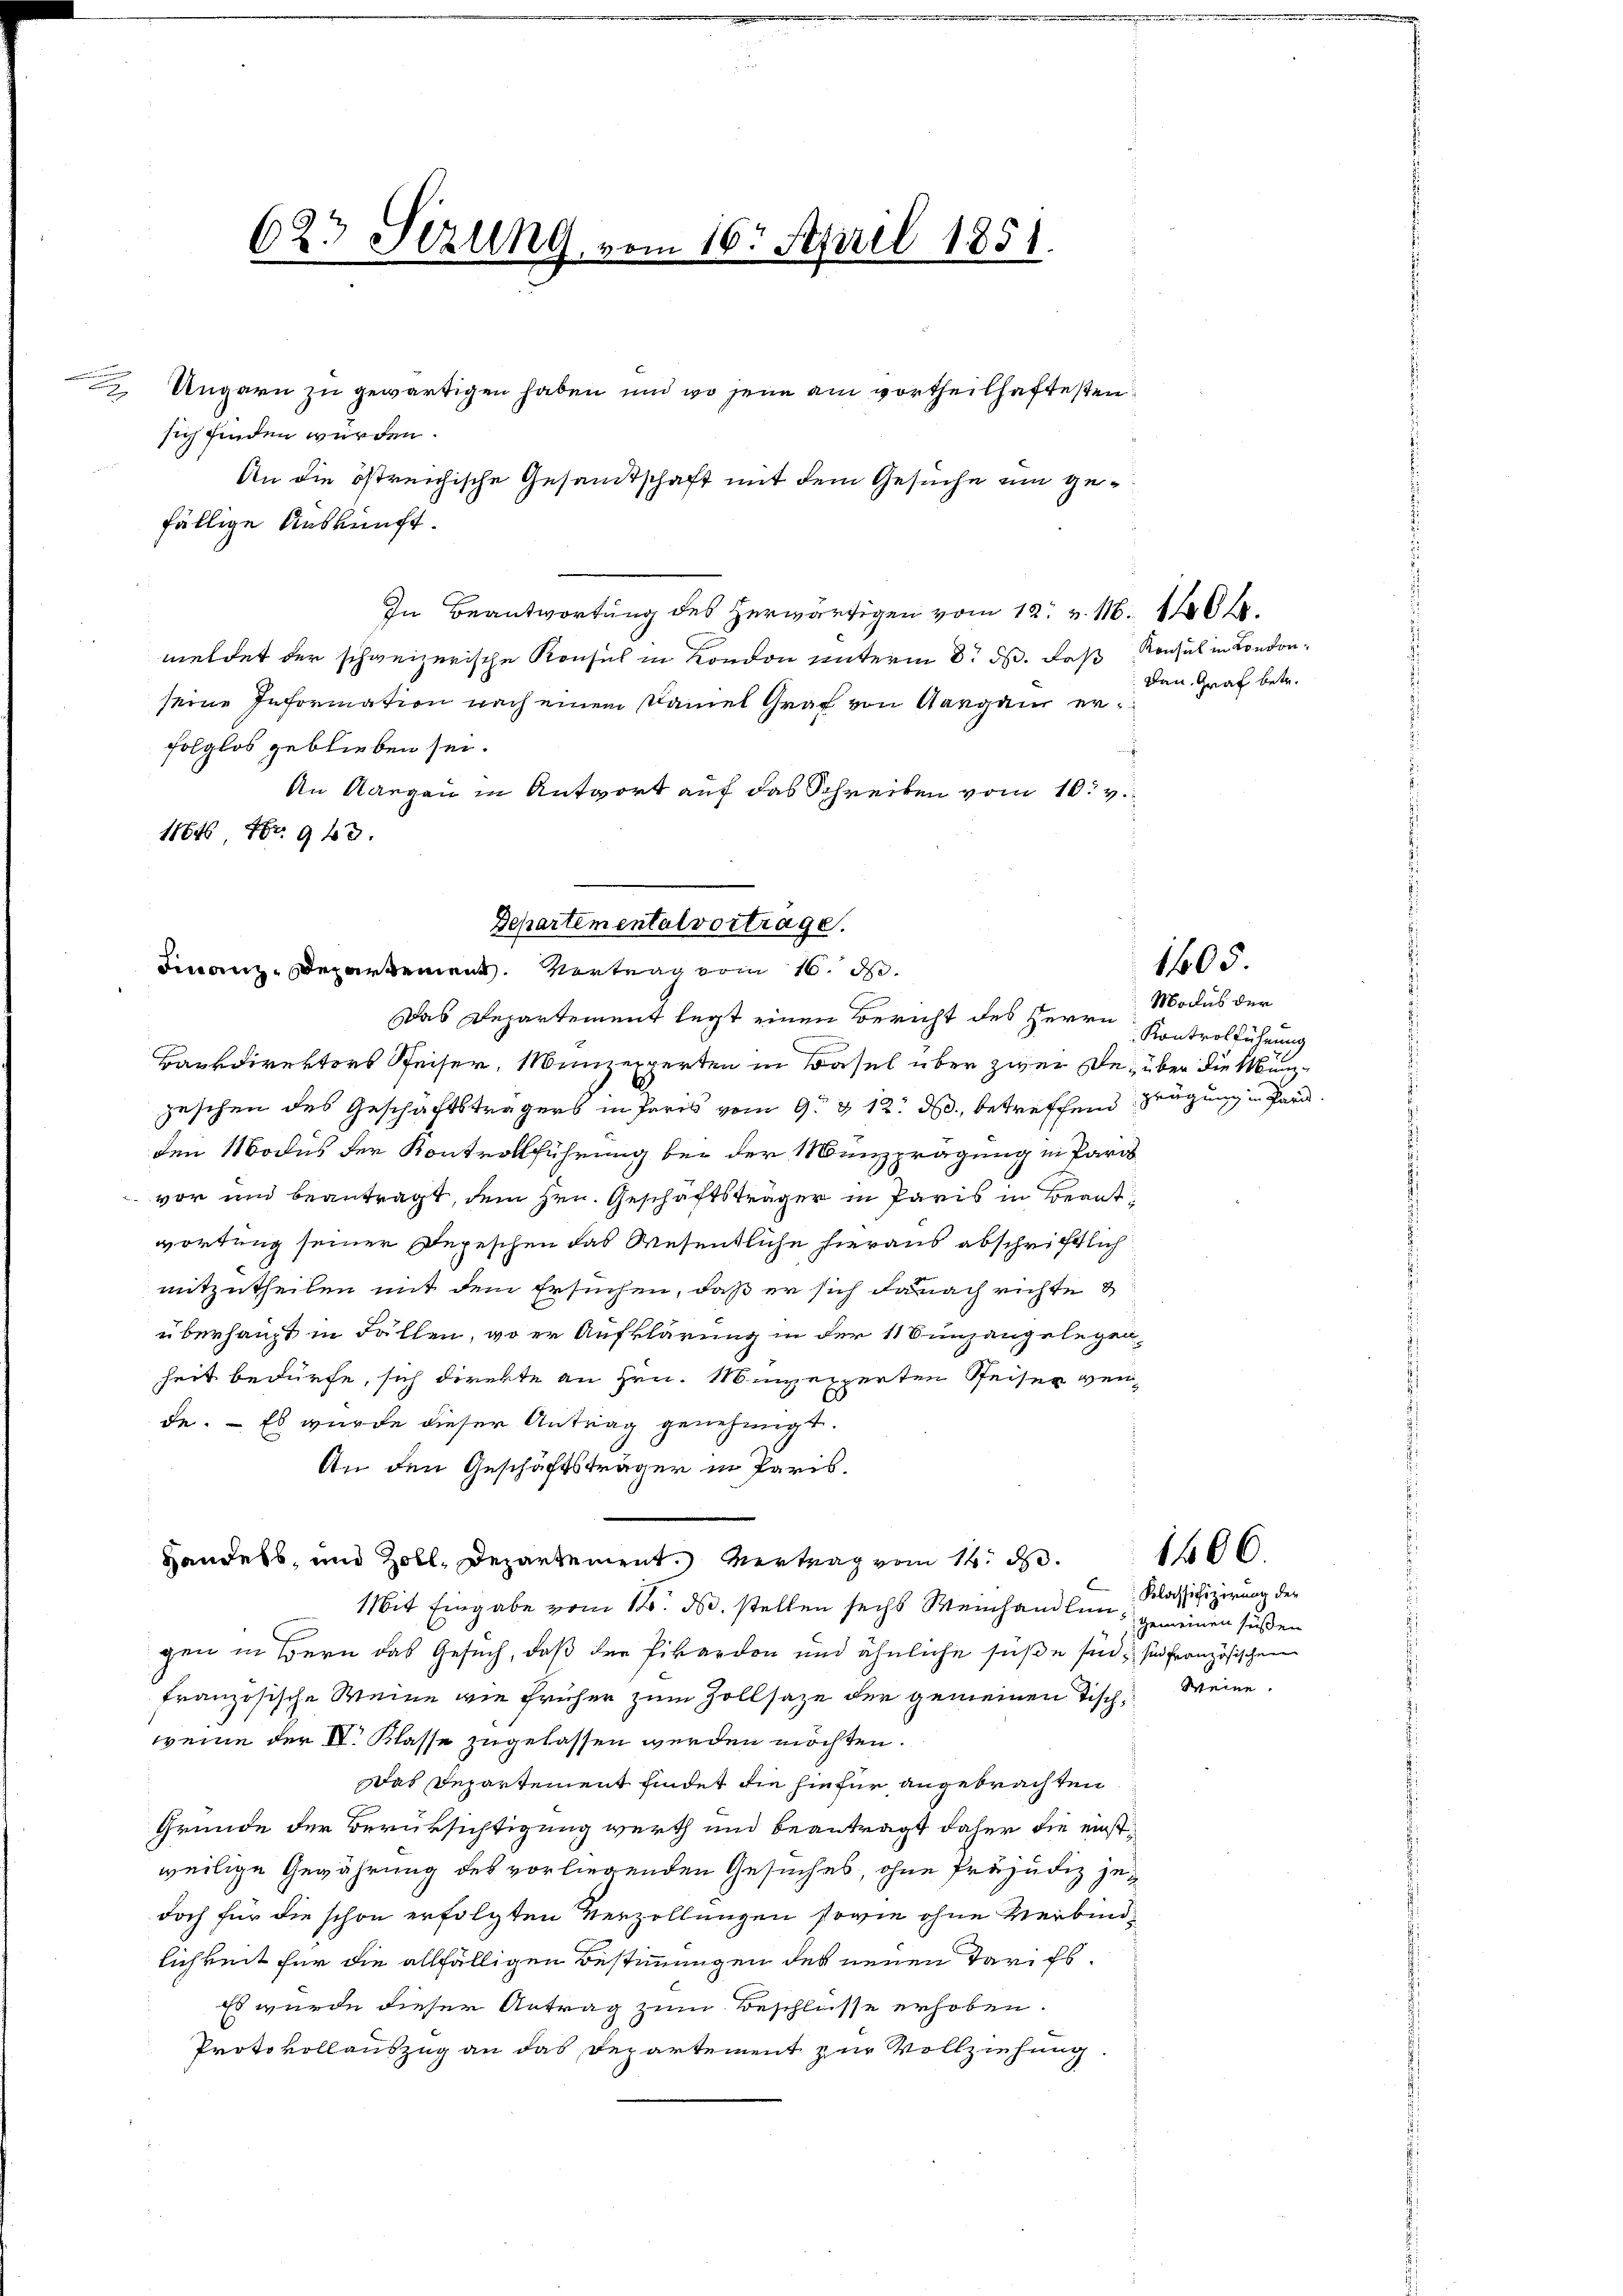
sich finden würden.
fällige Auskunft.
In Beantwortung des herwärtigen vom 12. v. 16. 1466.
meldet der schweizerische Konsul in Kondon unterm 8. d. das Konsul in Londonseine Information nach einem Kamel Graf von Aargau erfolglos geblieben sei.
An Aargau in Antwort auf das Schreiben vom 10. v.
11646 Fr. 963.
Bankdirektors Pfeiser, Münzexperten in Basel über zwei Des über die Münzzeschen des Geschäftsträgers in Paris vom 9. & 12. ds., betreffend Zeugung in Parden Modus der Kontrollführung bei der Menzprägung in Para
vor und beantragt, dem Hrn. Geschäftsträger in Paris in Beantwortung seiner Depeschen das Wesentliche hieraus abschriftlich
mitzutheilen mit dem Ersuchen, daß er sich danach richte
überhaupt in Fällen, wo er Aufklärung in der 116 unzangelegen,
heit bedürfe, sich direkte an Hrn. Münzexperten Reiser verde. — Es wurde dieser Antrag genehmigt.
An den Geschäftsträger in Preis¬
Handels, und Zoll, Departement. Vertrag vom 14. d.
Mit Eingabe vom 1. d. stellen sechs Weinhandlun
gen in Bern das Gesuch, daß die Pikardon und ähnliche süße sind, sie französischen
französische Weine wie früher zum Zollsaze der gemeinen Tischweine der IV. Klasse zugelassen werden möchten.
Das Departement findet die hiefür angebrachten
Grunde der Berüksichtigung werth und beantragt daher die einstweilige Gewährung des vorliegenden Gesuches, ohne Präjudiz jedoch für die schon erfolgten Verzollungen sowie ohne Verbindlichkeit für die allfälligen Bestimmungen des neuen Tarifs¬
Es wurde dieser Antrag zum Beschlüsse erhoben.
Protokollauszug an das Departement zur Vollziehung.

Departemental vortrage.
Finanz-Departement. Vertrag vom 16. d.
Das Departement legt einen Bericht des Herrn

623 Sizung, vom 16. April 1851.

2 Ungarn zu gewärtigen haben und wo jene am vortheilhaftesten
An die östreichische Gesandtschaft mit dem Gesuche um ge¬

Dann Graf betr.

Modus der
Kontrolführung

1605

Klassifizierung der
gemeinen süßen
Weine

1406